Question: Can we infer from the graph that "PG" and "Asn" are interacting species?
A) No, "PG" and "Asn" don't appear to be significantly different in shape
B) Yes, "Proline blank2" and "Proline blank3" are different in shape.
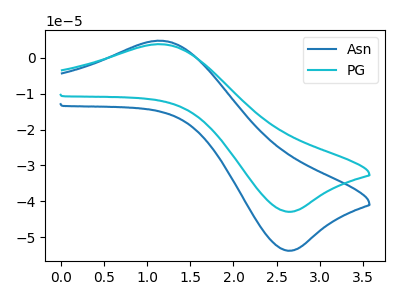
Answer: <think>The blue curve "Asn" has an anodic peak at (1.15V, 4.80uA) and a cathodic peak at (2.65V, -53.80uA). The cyan curve "PG" has an anodic peak at (1.15V, 3.80uA) and a cathodic peak at (2.65V, -42.95uA).
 All the peaks in "PG" have a peak in "Asn" at the same potential. Every peak in "PG" is lower than every peak in "Asn".</think>
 <answer>A) No, "PG" and "Asn" don't appear to be significantly different in shape</answer>
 <eval>A</eval>